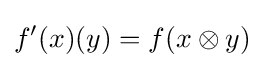
f'(x)(y)=f(x\otimes y)